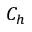
C _ { h }